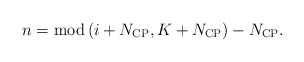
\begin{align*} n = {\rm mod} \left( {i + {N_{{\rm{CP}}}},K + {N_{{\rm{CP}}}}} \right) - {N_{{\rm{CP}}}}. \end{align*}